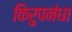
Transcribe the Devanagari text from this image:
किरुपनंधा